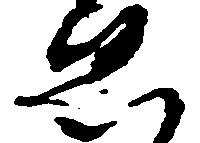
ゑ